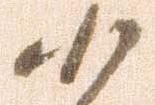
候